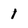
Character: 1